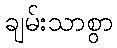
ချမ်းသာစွာ